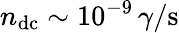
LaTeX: n_{\mathrm{dc}}\sim 10^{-9}\, \gamma/\mathrm{s}